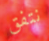
نتفق